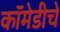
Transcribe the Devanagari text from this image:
कॉमेडीचे